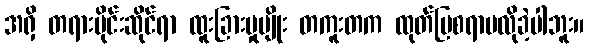
အရှိ တရားပိုင်းဆိုင်ရာ ထူးခြားမှုမျိုး တကူးတက ထုတ်ပြစရာမလိုခဲ့ပါဘူး။